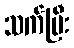
သက်ပြီး